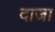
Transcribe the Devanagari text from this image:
दाजा